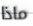
ماذا